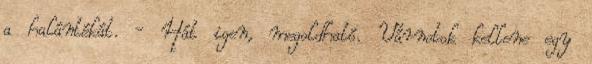
a halántékát. - Hát igen, megoldható. Várnotok kellene egy